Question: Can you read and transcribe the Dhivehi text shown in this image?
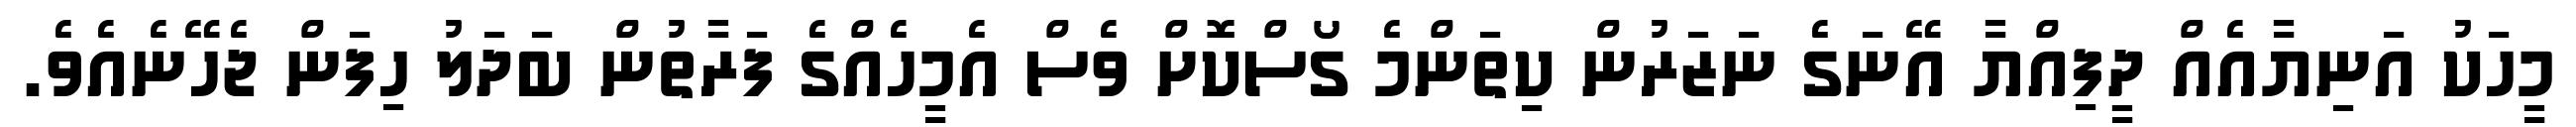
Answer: މީހަކު އަނިޔާއެއް ދީފިއްޔާ އޭނަގެ ނަޒަރުން ކިތަންމެ ގޯސްކޮށް ވެސް އެމީހެއްގެ ފަރާތުން ބަދަލު ހިފަން ޖެހޭނެއެވެ.